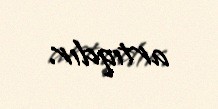
artıqdır.